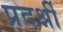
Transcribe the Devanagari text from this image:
प्रदर्श्नी